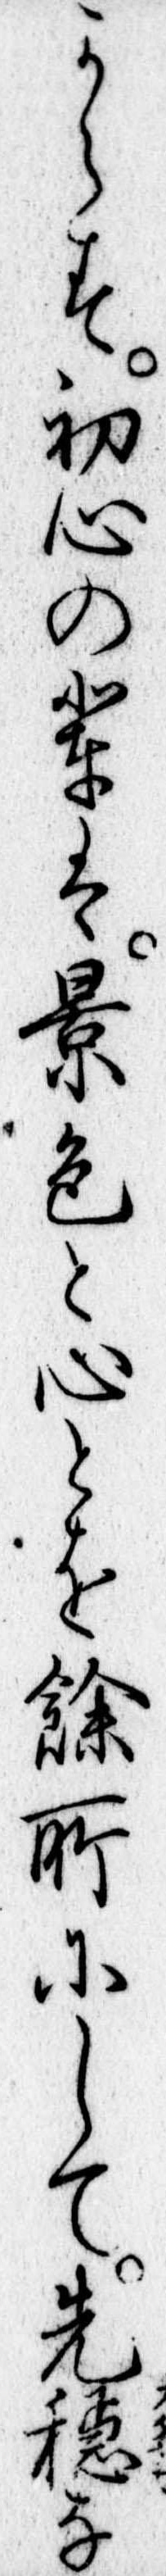
からす初心の輩は景色と心とを余所にして先な